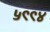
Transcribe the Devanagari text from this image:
५९९४